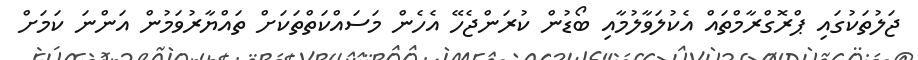
ޖަލުތަކުގައި ޕްރޮގްރާމްތައް އެކުލަވާލުމާއި ބޯޑުން ކުރަންޖެހޭ އެހެން މަސައްކަތްތަކަށް ތައްޔާރުވަމުން އަންނަ ކަމަށް